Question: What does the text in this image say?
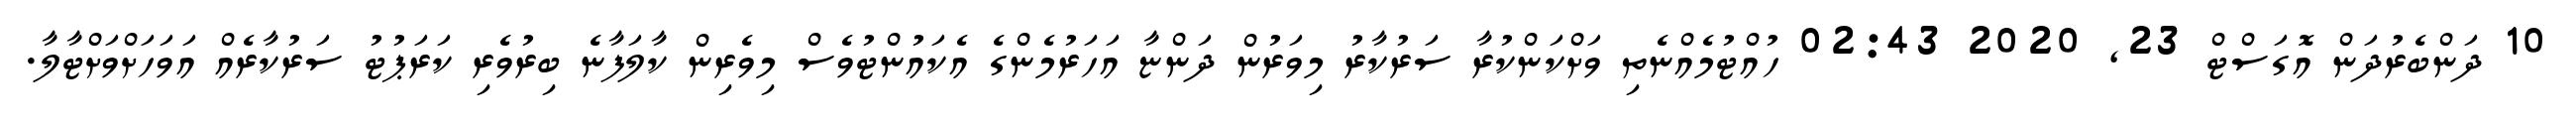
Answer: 10 ދަންބެރުދަން އޮގަސްޓް 23, 2020 02:43 ހުއްޓުމެއްނެތި ވަށްކަންކުރާ ސަރުކާރު މިވަރުން ދަންޏާ އަހަރުމެންގެ އެކައުންޓުވެސް މިވެރިން ކާލަފާނެ ބިރުވެރި ކަރަޕުޓު ސަރުކާރެއް އަވަހަށްވަށްޓާލާ.